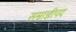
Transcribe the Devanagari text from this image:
सम्राज्ञीपद